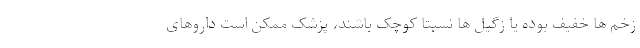
زخم ها خفیف بوده یا زگیل ها نسبتا کوچک باشند، پزشک ممکن است داروهای